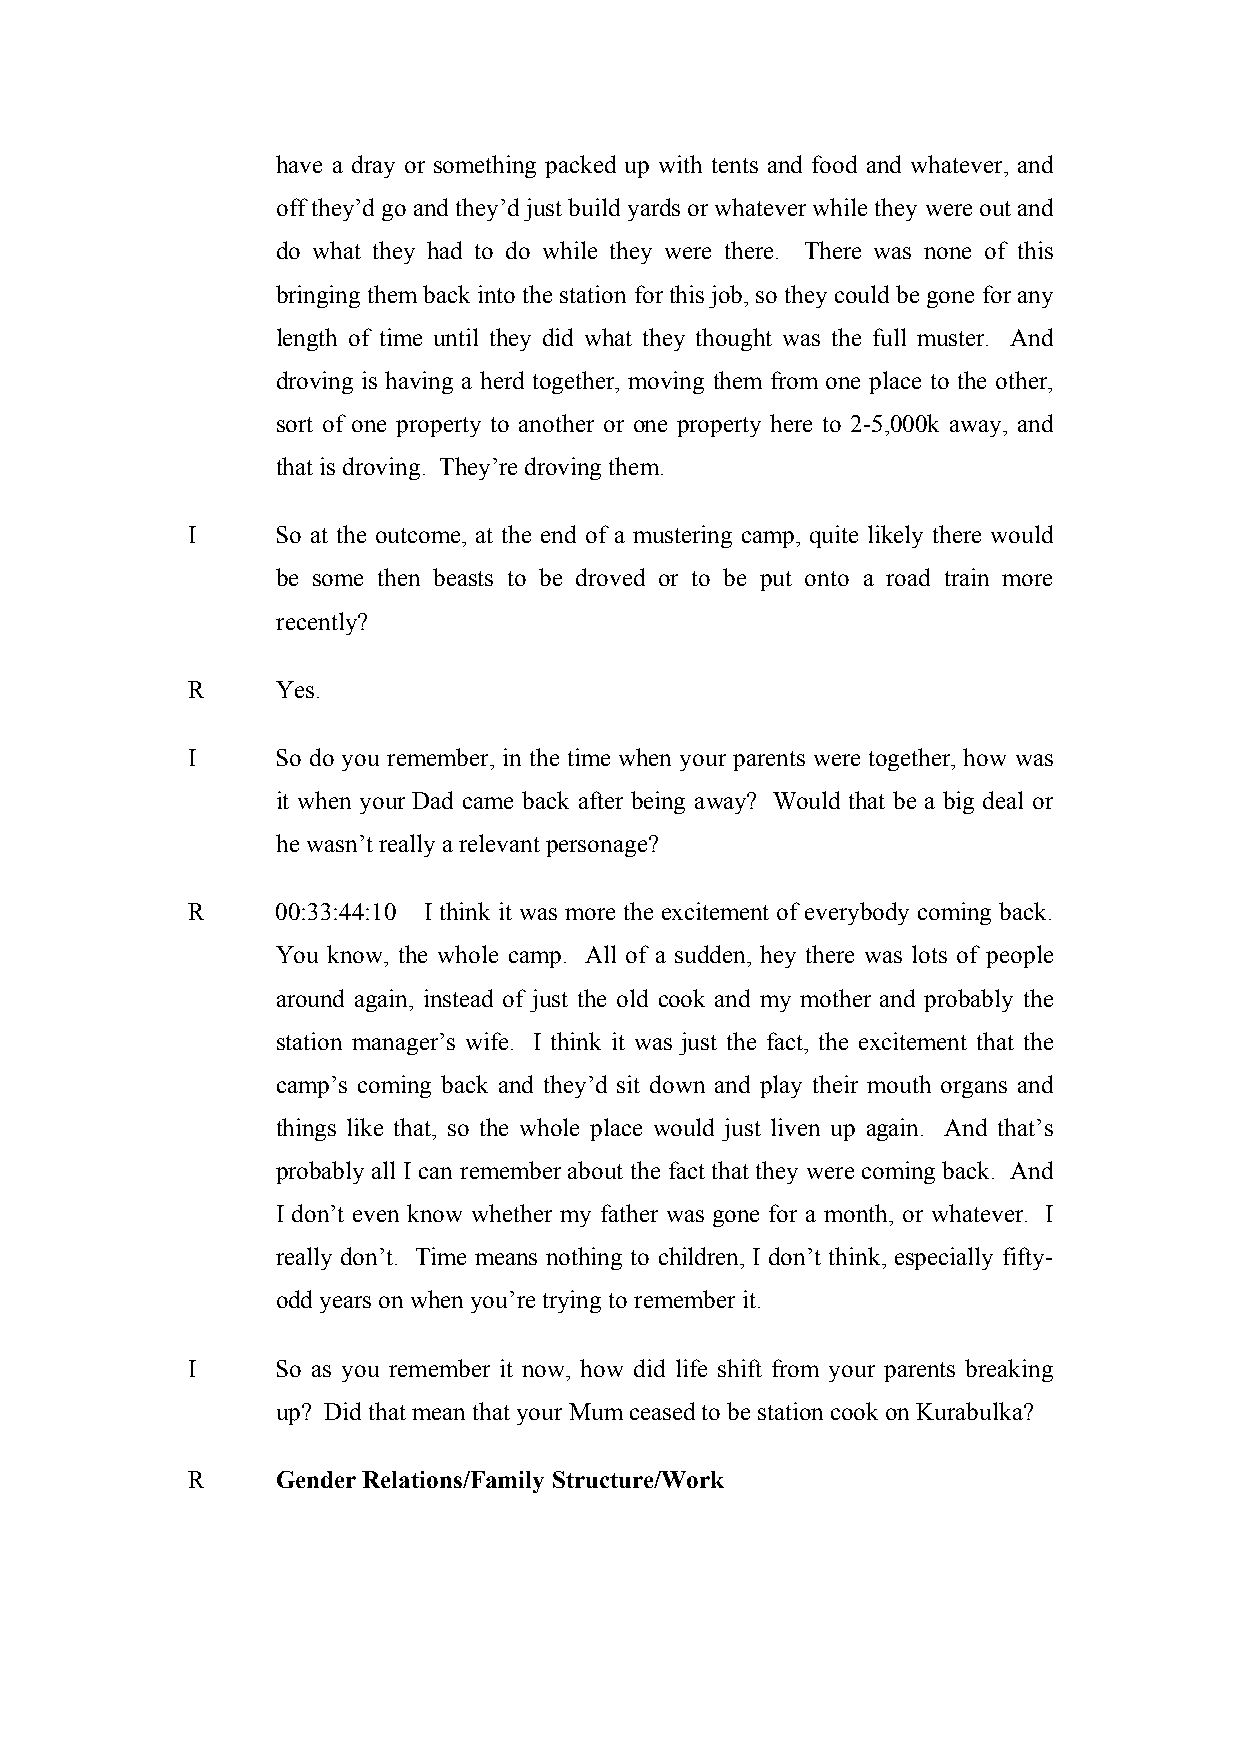
have a dray or something packed up with tents and food and whatever, and
 off they’d go and they’d just build yards or whatever while they were out and
 do what they had to do while they were there. There was none of this
 bringing them back into the station for this job, so they could be gone for any
 length of time until they did what they thought was the full muster. And
 droving is having a herd together, moving them from one place to the other,
 sort of one property to another or one property here to 2-5,000k away, and
 that is droving. They’re droving them.
 I     So at the outcome, at the end of a mustering camp, quite likely there would
 be some then beasts to be droved or to be put onto a road train more
 recently?
 R     Yes.
 I     So do you remember, in the time when your parents were together, how was
 it when your Dad came back after being away? Would that be a big deal or
 he wasn’t really a relevant personage?
 R     00:33:44:10 I think it was more the excitement of everybody coming back.
 You know, the whole camp. All of a sudden, hey there was lots of people
 around again, instead of just the old cook and my mother and probably the
 station manager’s wife. I think it was just the fact, the excitement that the
 camp’s coming back and they’d sit down and play their mouth organs and
 things like that, so the whole place would just liven up again. And that’s
 probably all I can remember about the fact that they were coming back. And
 I don’t even know whether my father was gone for a month, or whatever. I
 really don’t. Time means nothing to children, I don’t think, especially fifty-
 odd years on when you’re trying to remember it.
 I     So as you remember it now, how did life shift from your parents breaking
 up? Did that mean that your Mum ceased to be station cook on Kurabulka?
 R     Gender Relations/Family Structure/Work